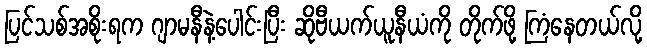
ပြင်သစ်အစိုးရက ဂျာမနီနဲ့ပေါင်းပြီး ဆိုဗီယက်ယူနီယံကို တိုက်ဖို့ ကြံနေတယ်လို့